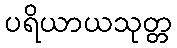
ပရိယာယသုတ္တ